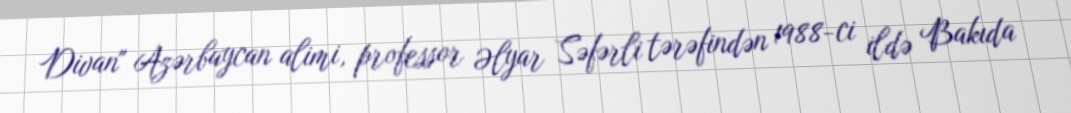
Divan" Azərbaycan alimi, professor Əlyar Səfərli tərəfindən 1988-ci ildə Bakıda